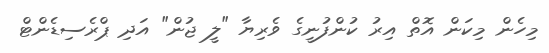
މިހެން މިކަން އޮތް އިރު ކުންފުނީގެ ވެރިޔާ "ލީ ޖުން" އަދި ޕްރެސިޑެންޓް